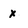
Character: x